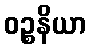
ဝဉ္စနိယာ